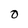
Character: O